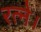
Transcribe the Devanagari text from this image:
रत्ने।